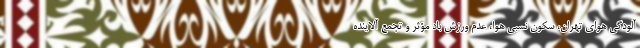
آلودگی هوای تهران، سکون نسبی هوا، عدم ورزش باد مؤثر و تجمع آلاینده